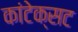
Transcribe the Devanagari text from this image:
कांटेक्सट